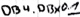
Text: DB4.DBX0.1